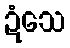
ဍံသေ